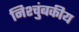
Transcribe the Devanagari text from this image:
निश्चुंबकीय